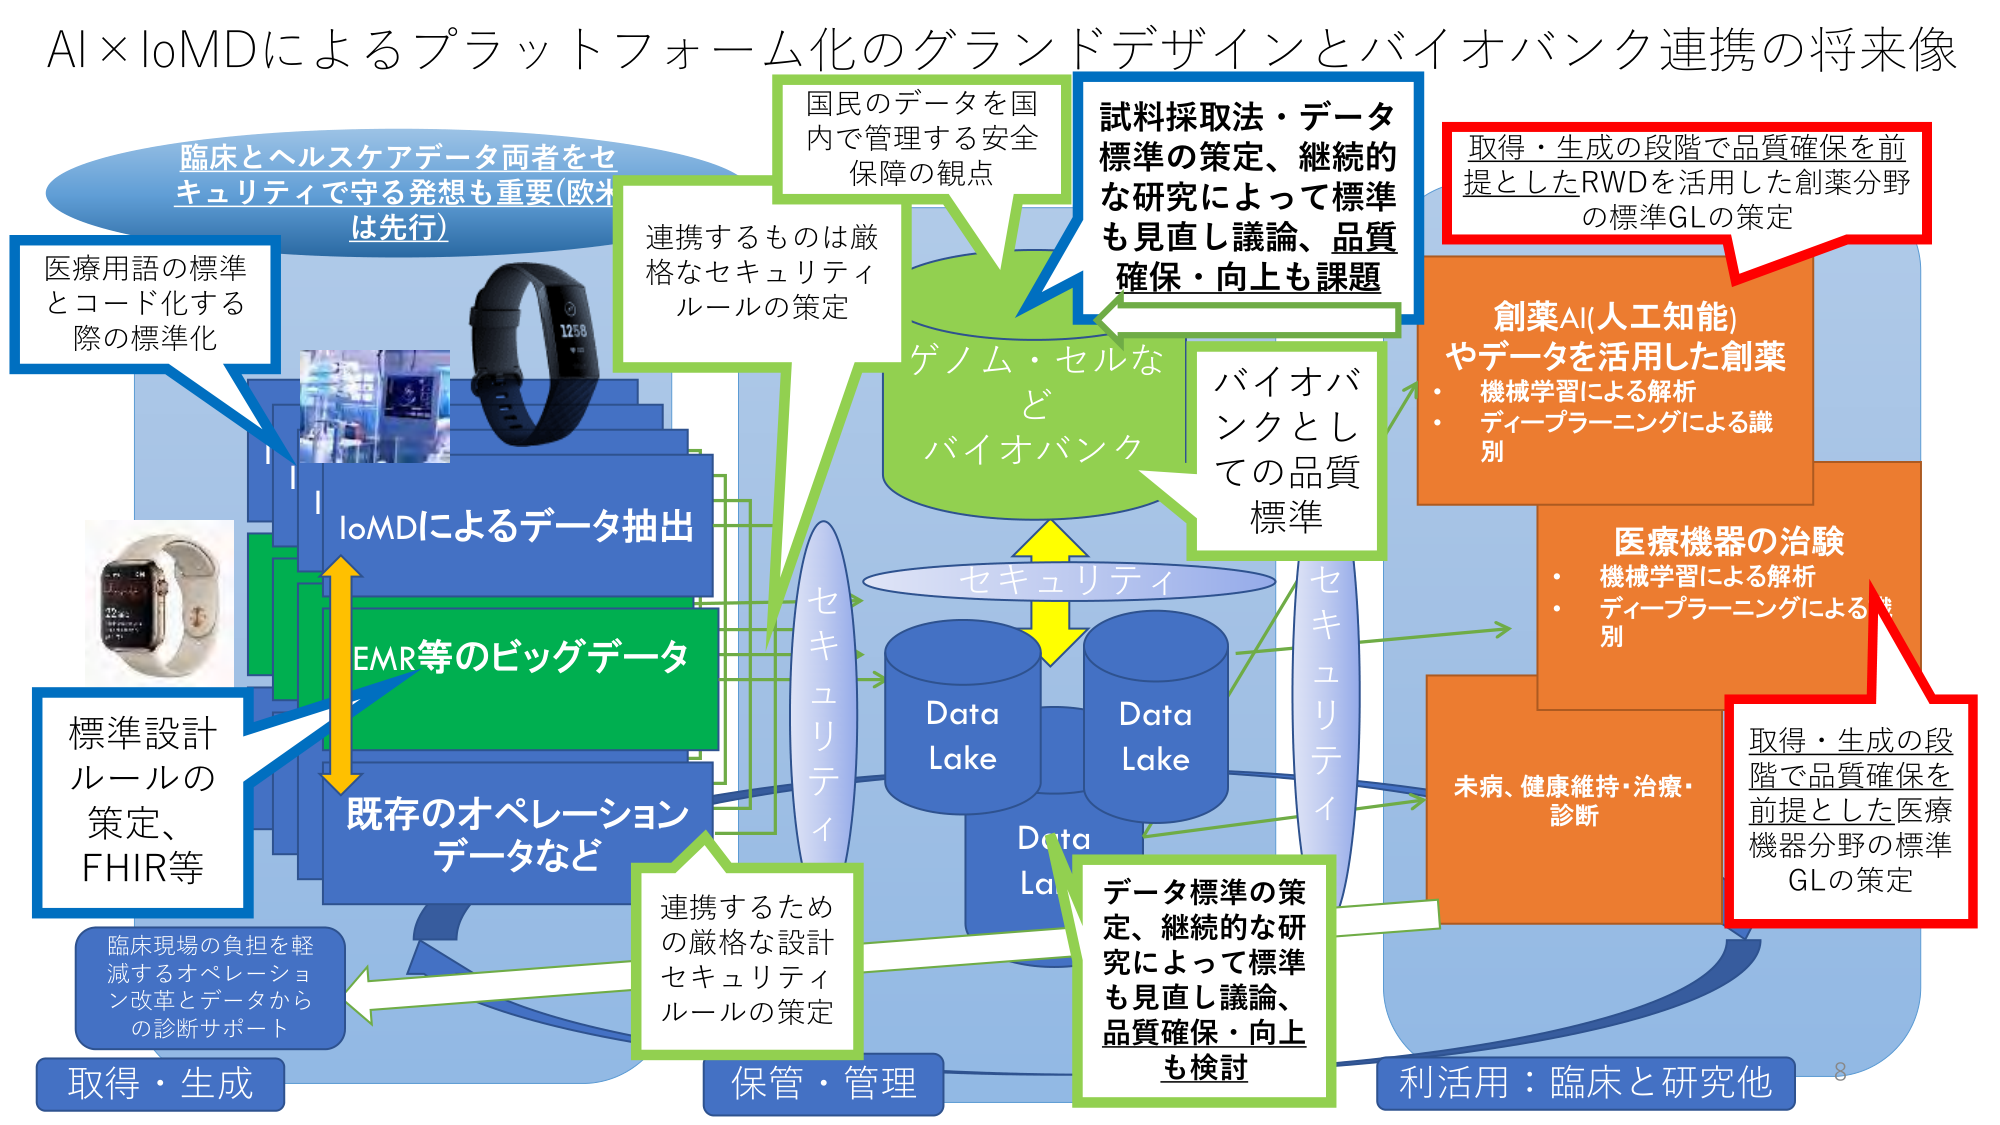
AI×IoMDによるプラットフォーム化のグランドデザインとバイオバンク連携の将来像

臨床とヘルスケアデータ両者をセキュリティで守る発想も重要（欧米は先行）

医療用語の標準とコード化する際の標準化

IoMDによるデータ抽出

EMR等のビッグデータ

既存のオペレーションデータなど

標準設計ルールの策定、FHIR等

臨床現場の負担を軽減するオペレーション改革とデータからの診断サポート

取得・生成

保管・管理

連携するものは厳格なセキュリティルールの策定

国民のデータを国内で管理する安全保障の観点

ゲノム・セルなどバイオバンク

試料採取法・データ標準の策定、継続的な研究によって標準も見直し議論、品質確保・向上も課題

バイオバンクとしての品質標準

セキュリティ

Data Lake

Data Lake

Data Lake

連携するための厳格な設計セキュリティルールの策定

データ標準の策定、継続的な研究によって標準も見直し議論、品質確保・向上も検討

取得・生成の段階で品質確保を前提としたRWDを活用した創薬分野の標準GLの策定

創薬AI(人工知能)やデータを活用した創薬
・機械学習による解析
・ディープラーニングによる識別

医療機器の治験
・機械学習による解析
・ディープラーニングによる識別

未病、健康維持・治療・診断

取得・生成の段階で品質確保を前提とした医療機器分野の標準GLの策定

利活用：臨床と研究他

8